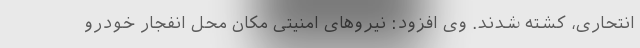
انتحاری، کشته شدند. وی افزود: نیروهای امنیتی مکان محل انفجار خودرو